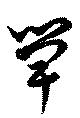
箄